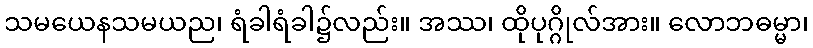
သမယေနသမယည၊ ရံခါရံခါ၌လည်း။ အဿ၊ ထိုပုဂ္ဂိုလ်အား။ လောဘဓမ္မာ၊